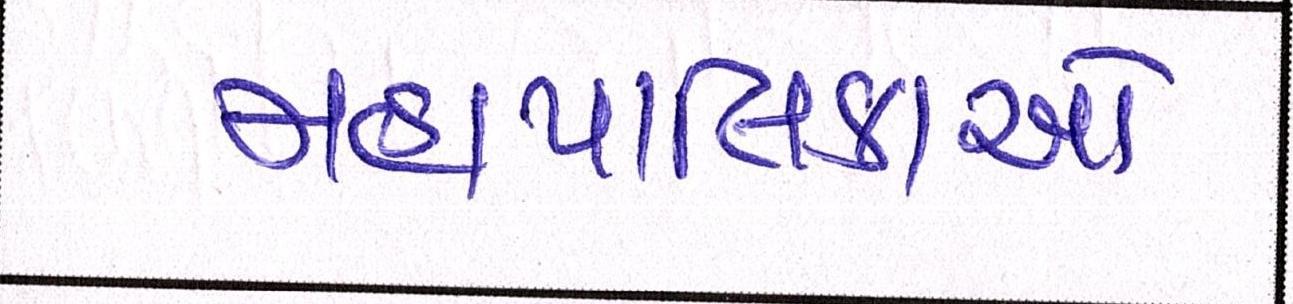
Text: મહાપાલિકાઓ